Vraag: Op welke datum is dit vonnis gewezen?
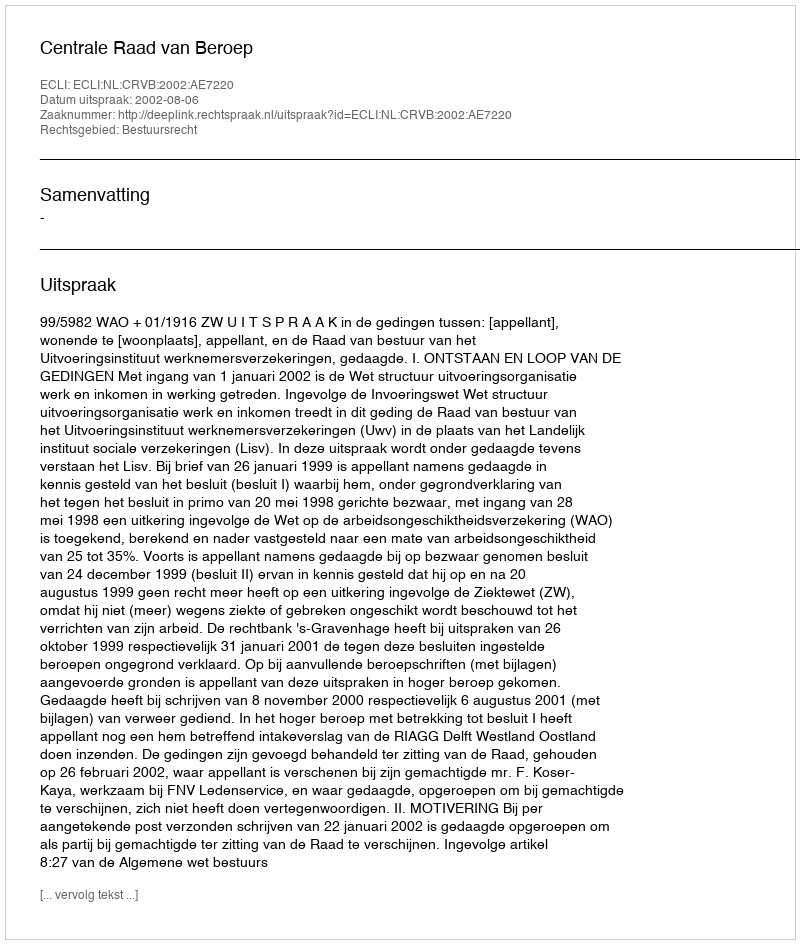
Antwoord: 2002-08-06